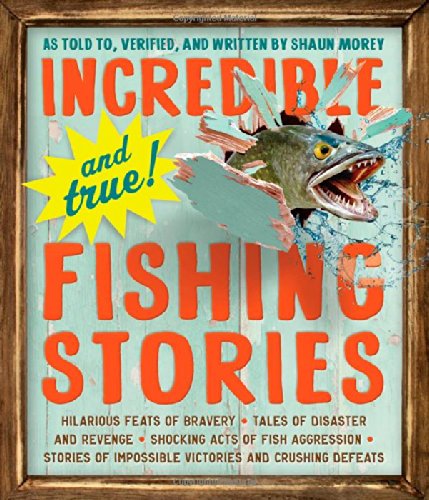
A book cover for Incredible--and True!--Fishing Stories; Shaun Morey; Sports & Outdoors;